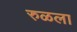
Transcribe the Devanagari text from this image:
रुळला